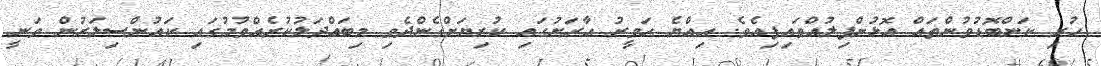
ހުރި ކަންބޮޑުވުންތައް އޮޅުންފިލުއްވައިފިއެވެ. އިއްޔެ ހަވީރު އާރަށުގައި ކުރިޔަށްގެންދެވި މިބައްދަލުކުރެއްވުމުގައި ކައުންސިލަރުން ވަނީ